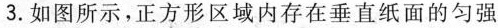
3.如图所示，正方形区域内存在垂直纸面的匀强